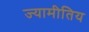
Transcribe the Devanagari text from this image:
ज्यामीतिय